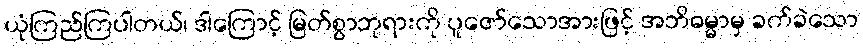
ယုံကြည်ကြပါတယ်၊ ဒါကြောင့် မြတ်စွာဘုရားကို ပူဇော်သောအားဖြင့် အဘိဓမ္မာမှ ခက်ခဲသော